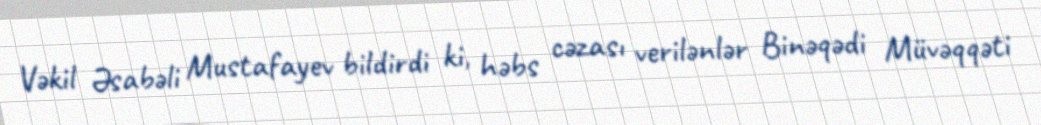
Vəkil Əsabəli Mustafayev bildirdi ki, həbs cəzası verilənlər Binəqədi Müvəqqəti